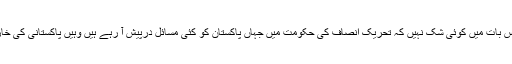
تفصیلات کے مطابق اس بات میں کوئی شک نہیں کہ تحریک انصاف کی حکومت میں جہاں پاکستان کو کئی مسائل درپیش آ رہے ہیں وہیں پاکستانی کی خارجہ پالیسی بہترین ہے۔